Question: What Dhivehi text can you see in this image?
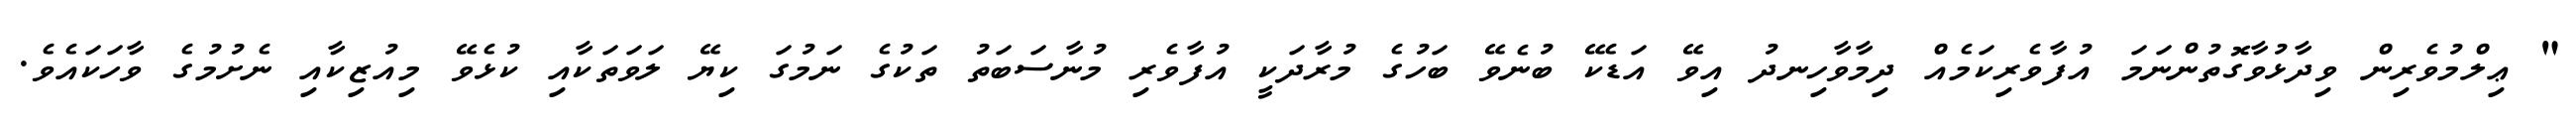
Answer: " ޢިލްމުވެރިން ވިދާޅުވާގޮތުންނަމަ އުފާވެރިކަމެއް ދިމާވާހިނދު އިވޭ އަޑެކޭ ބުނެވޭ ބަހުގެ މުރާދަކީ އުފާވެރި މުނާސަބަތު ތަކުގެ ނަމުގަ ކިޔޭ ލަވަތަކާއި ކުޅެވޭ މިއުޒިކާއި ނެށުމުގެ ވާހަކައެވެ.